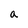
Character: a